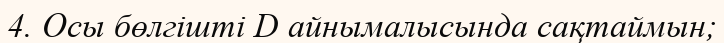
4. Осы бөлгішті D айнымалысында сақтаймын;